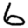
Digit: 6